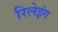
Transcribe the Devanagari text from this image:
रिलेइंग